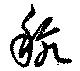
秔